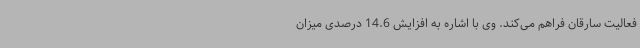
فعالیت سارقان فراهم می‌کند. وی با اشاره به افزایش 14.6 درصدی میزان